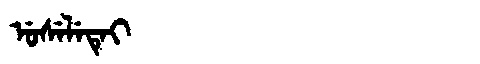
Manchu: ᡠᠰᡝᠯᡝᡨᡝᡳ
Romanization: USELETEI